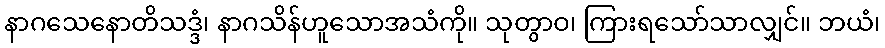
နာဂသေနောတိသဒ္ဒံ၊ နာဂသိန်ဟူသောအသံကို။ သုတွာဝ၊ ကြားရသော်သာလျှင်။ ဘယံ၊